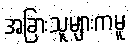
အခြားသူများကမူ